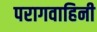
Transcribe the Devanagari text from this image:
परागवाहिनी